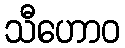
သီဟောဝ